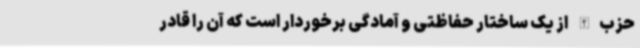
حزب‌الله از یک ساختار حفاظتی و آمادگی برخوردار است که آن را قادر